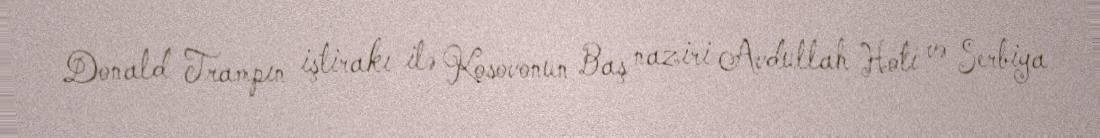
Donald Trampın iştirakı ilə Kosovonun Baş naziri Avdullah Hoti və Serbiya